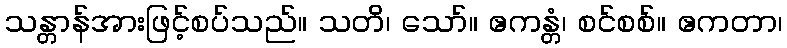
သန္တာန်အားဖြင့်စပ်သည်။ သတိ၊ သော်။ ဧကန္တံ၊ စင်စစ်။ ဧကတာ၊